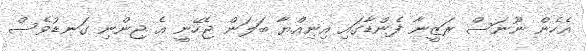
އެހެން ނޫނަސް ރަޒީނާ ފެންޑާގައި އިނިއްޔާ ބަލަން ޖެހޭނީ އެ ޖިންނި ގަނޑުވެސް